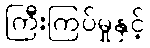
ကြီးကြပ်မှုနှင့်